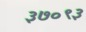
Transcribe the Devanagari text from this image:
३७०९३